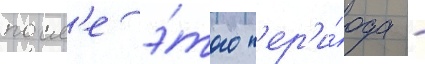
посл'е э́того п'ер'и́ода -